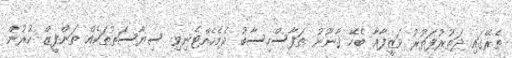
ތެރޭގައި ދަތުރުފަތުރު ވަޒީފާއާ ބެހޭ ޤާނޫނު ތަފާސްހިސާބު ދެމެހެއްޓެނިވި ސިޔާސަތުތަކެއް ތަންފީޒް ކުރުން